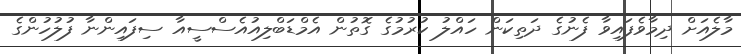
މާލެއަށް ދިމާވެފައިވާ ފެނުގެ ދަތިކަން ހައްލު ކުރުމުގެ ގޮތުން އެމްޑަބްލިއުއެސްސީއާ ސިފައިންނާ ފުލުހުންގެ